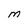
Character: m